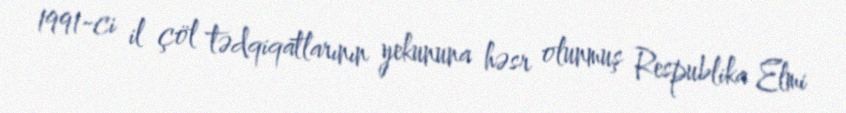
1991-ci il çöl tədqiqatlarının yekununa həsr olunmuş Respublika Elmi